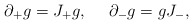
\begin{align*}\partial_+ g = J_+ g,{}~~~~\partial_- g = gJ_-, \end{align*}